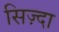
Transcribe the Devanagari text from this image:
सिज़्दा